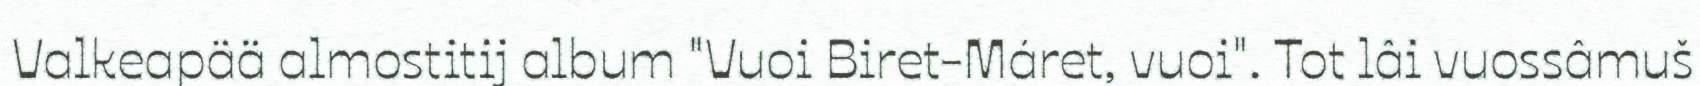
Valkeapää almostitij album "Vuoi Biret-Máret, vuoi". Tot lâi vuossâmuš